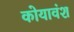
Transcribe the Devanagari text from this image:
कोयावंश